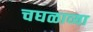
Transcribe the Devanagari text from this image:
चघळाव्या